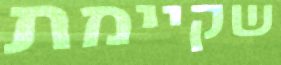
שקיימת